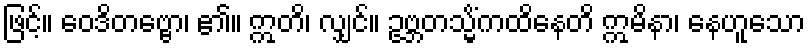
ဖြင့်။ ဝေဒိတဗ္ဗော၊ ၏။ ဣတိ၊ လျှင်။ ဥဗ္ဘတသ္မိံကထိနေတိ ဣမိနာ၊ နေဟူသော